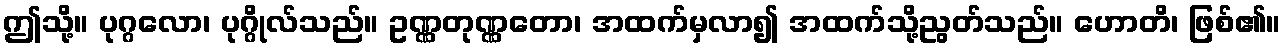
ဤသို့။ ပုဂ္ဂလော၊ ပုဂ္ဂိုလ်သည်။ ဥဏ္ဏတုဏ္ဏတော၊ အထက်မှလာ၍ အထက်သို့ညွတ်သည်။ ဟောတိ၊ ဖြစ်၏။